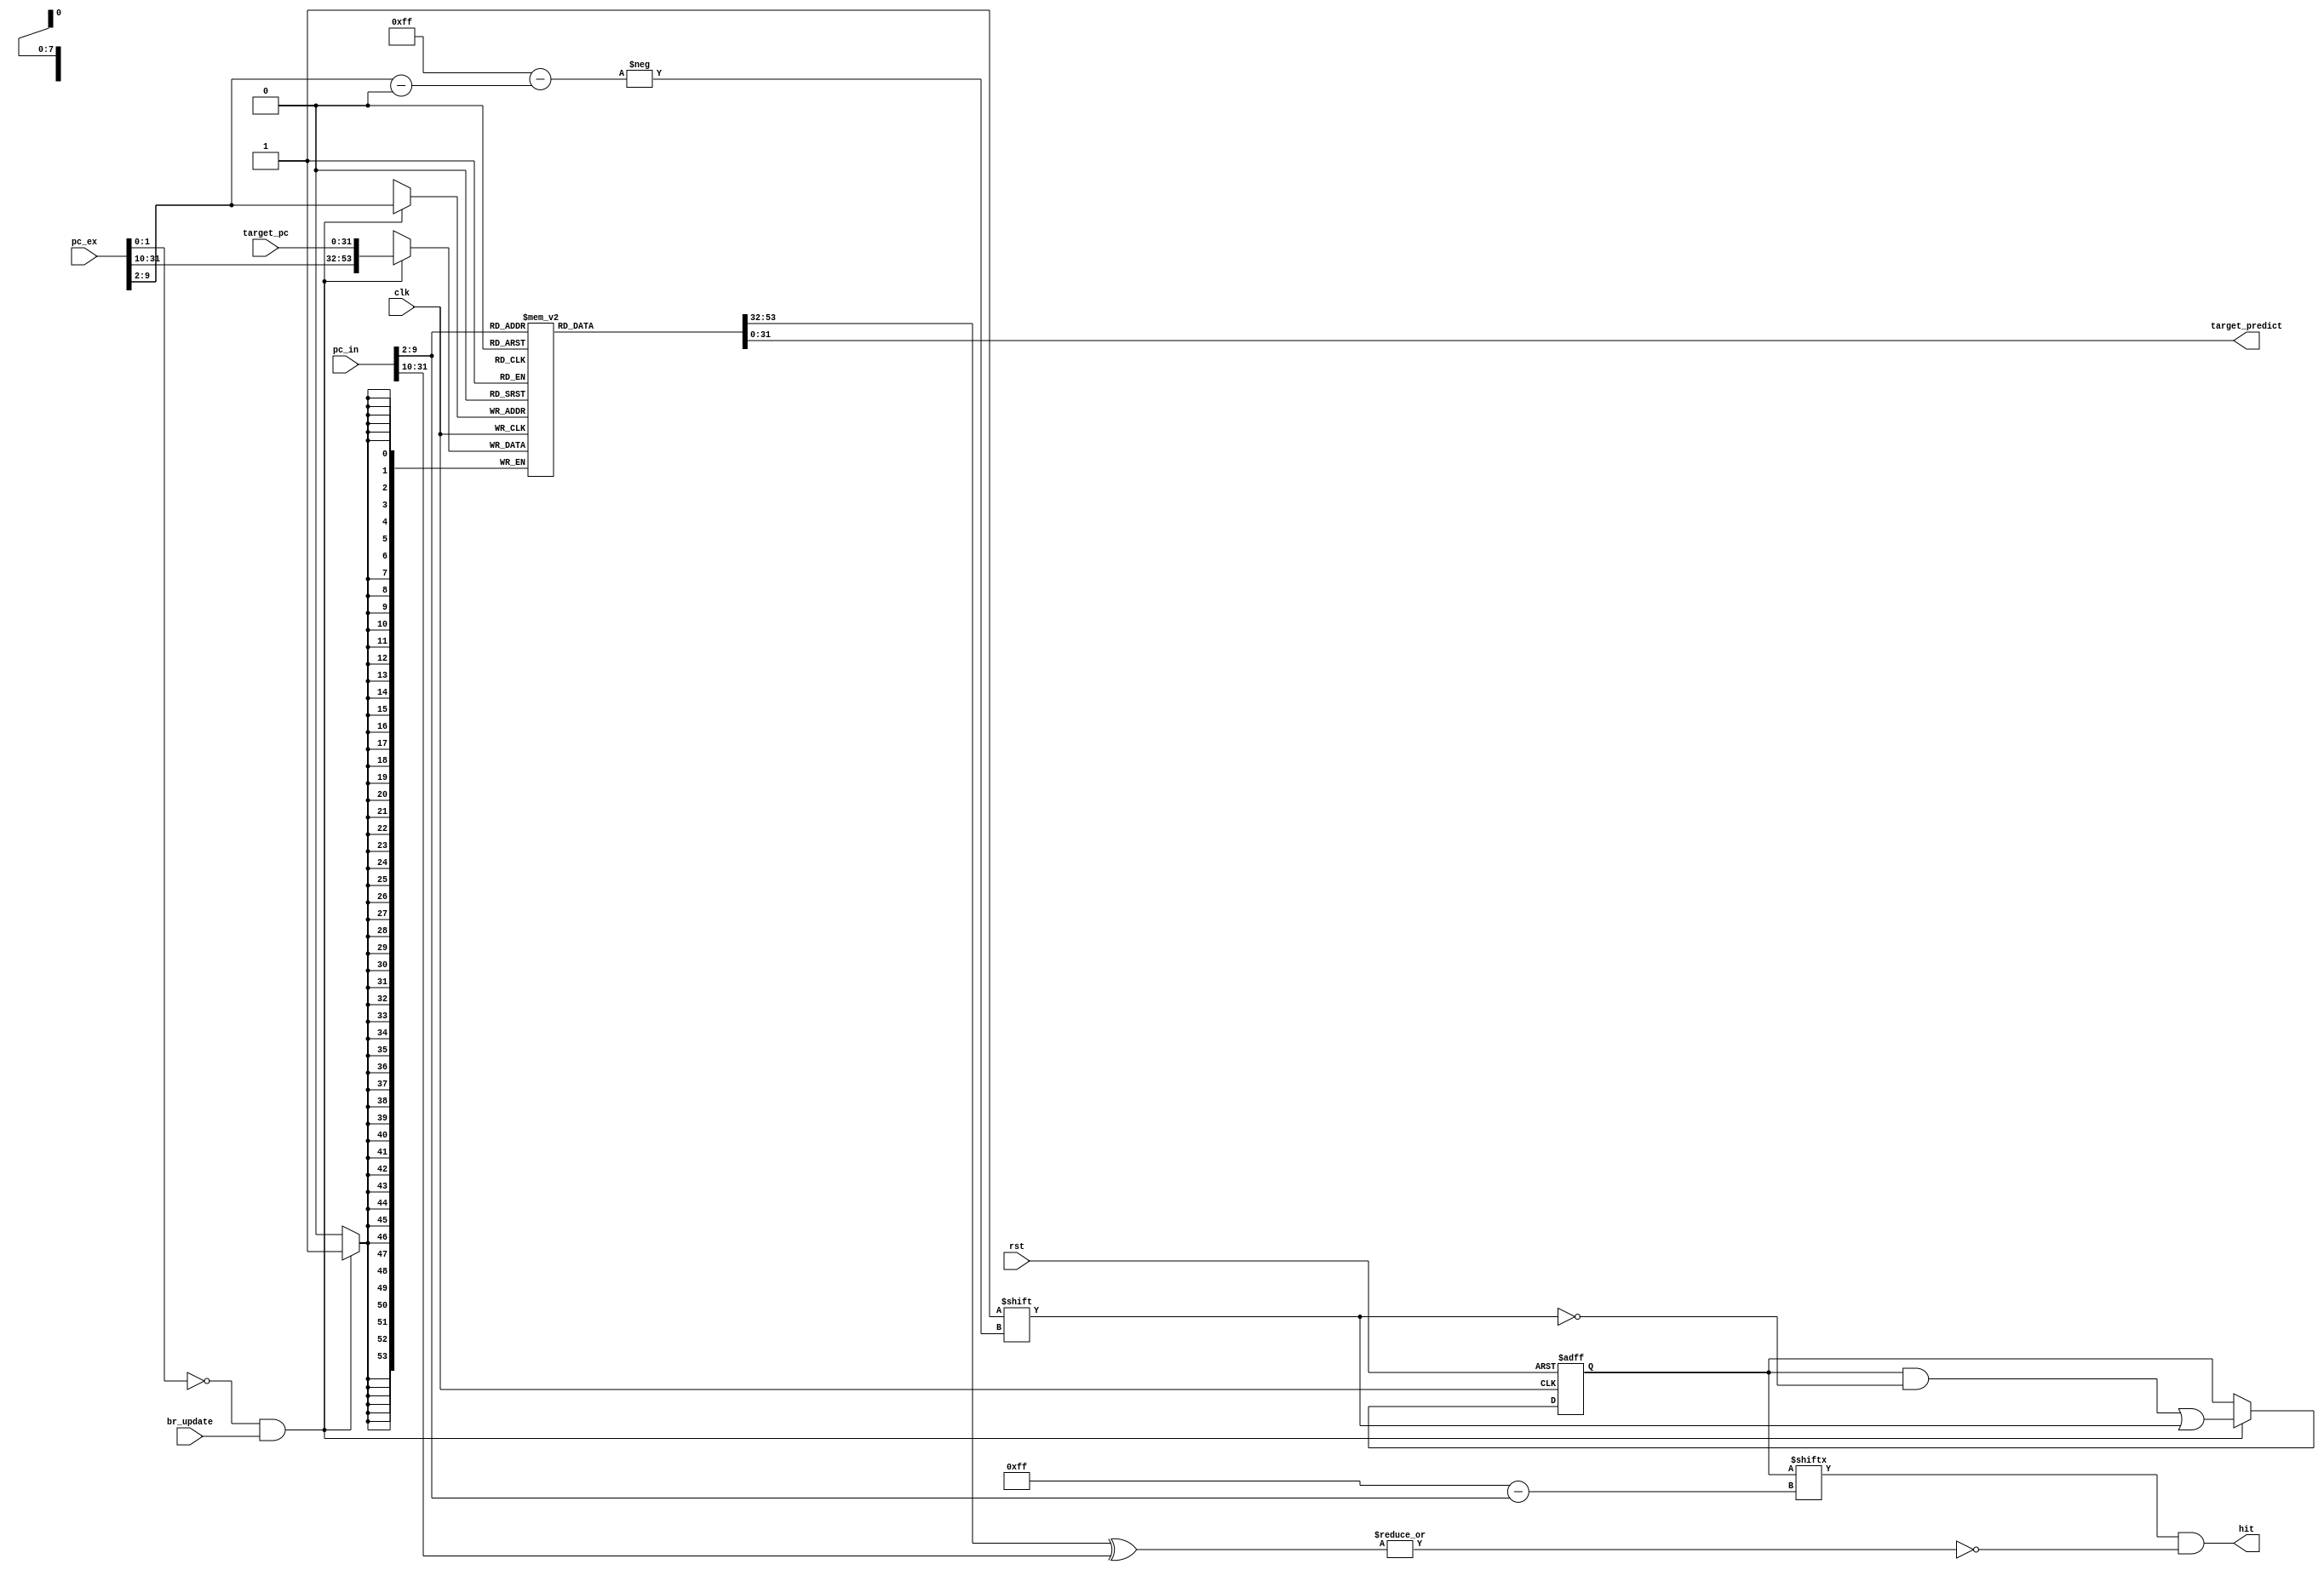
module BTB(
	input			clk,
	input			rst,          
	input			br_update,      //signal for informing updating in BTB
	input  [31:0]	target_pc,      //target address after execute state; predicted pc
	input  [31:0]	pc_in,          //input address to BTB
	input  [31:0]	pc_ex,          //address of the branch instruction 
	output [31:0]	target_predict, //predict address from BTB when having input address; pc target
	output       	hit             //signal for identifying stored address in BTB
);
//==================Parameters==========================
    parameter BTB_TAG_LENGTH = 22;
    parameter PC_LENGTH      = 32;

//=======================================================
//  REG/WIRE declarations
//=======================================================
    reg  [BTB_TAG_LENGTH+PC_LENGTH-1:0] BTB_array [0:255];  // 2D array with LENGTH = 54 (TAG = 22 + Predicted PC = 32) and WIDTH = 256
    reg  [0:255] valid;
    wire         available_bit;
    wire         valid_bit;
//=======================================================
//  Behavioral coding
//=======================================================

    always @ (negedge clk or posedge rst)
	begin
	   if (rst)
			begin
			    valid <= 0;
			end
		else if ((pc_ex[1:0]==2'b00)&&(br_update))
			begin
				valid[pc_ex[9:2]]<=1;
			end
	end
    always @ (negedge clk)
	begin
		if ((pc_ex[1:0]==2'b00) && (br_update))
		begin
		    BTB_array[pc_ex[9:2]] <= {pc_ex[31:10],target_pc};
		end
	end

assign target_predict = BTB_array[pc_in[9:2]][31:0];
assign available_bit  = ~|(BTB_array[pc_in[9:2]][53:32] ^ pc_in[31:10]);
assign valid_bit      = valid[pc_in[9:2]];
assign hit            = valid_bit & available_bit; 

endmodule